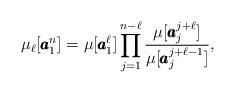
LaTeX: \begin{align*}\mu_{\ell}[\pmb{a}_1^n]=\mu[\pmb{a}_1^\ell]\prod_{j=1}^{n-\ell} \frac{\mu[\pmb{a}_j^{j+\ell}]}{\mu[\pmb{a}_{j}^{j+\ell-1}]},\end{align*}